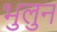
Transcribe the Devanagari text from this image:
भुलुन